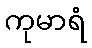
ကုမာရံ